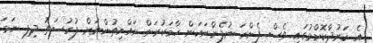
އެ ކަރުދާކޮށްޅުގައި ވެސް ފެންނަ ނުފެންނަކަން ހާމަކުރަން ރައްޔިތުންނަށް ފުރުސަތު ދިފި ނަމަ